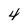
Character: 4